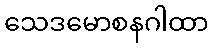
သေဒမောစနဂါထာ